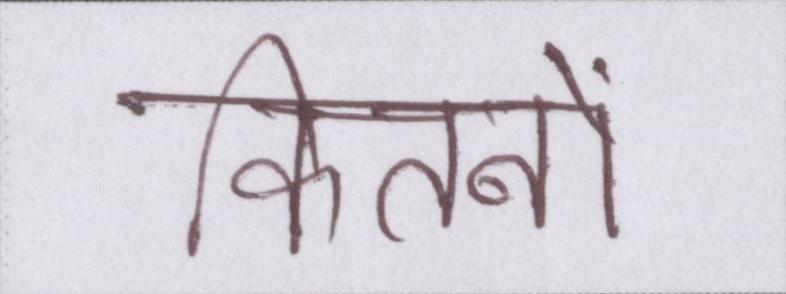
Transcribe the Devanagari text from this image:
कितनों